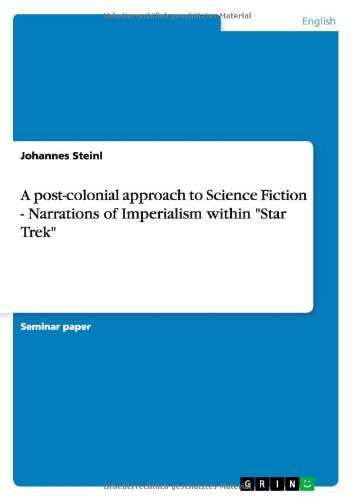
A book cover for A Post-Colonial Approach to Science Fiction - Narrations of Imperialism Within Star Trek; Johannes Steinl; Science Fiction & Fantasy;